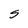
Character: S